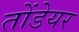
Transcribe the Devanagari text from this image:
तोंडेयर